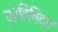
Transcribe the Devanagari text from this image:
प्रतिषिद्धं